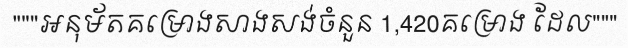
"""អនុម័តគម្រោងសាងសង់ចំនួន 1,420គម្រោង ដែល"""